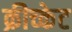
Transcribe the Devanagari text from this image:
क्रीच्केट